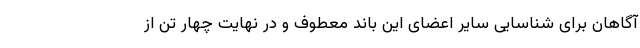
آگاهان برای شناسایی سایر اعضای این باند معطوف و در نهایت چهار تن از